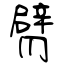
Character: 臂